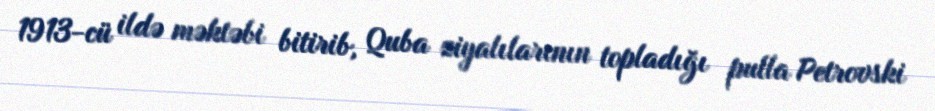
1913-cü ildə məktəbi bitirib, Quba ziyalılarının topladığı pulla Petrovski